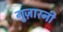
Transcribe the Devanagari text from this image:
गुज़ारनी